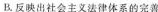
B.反映出社会主义法律体系的完善